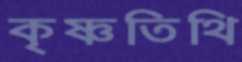
কৃষ্ণতিথি